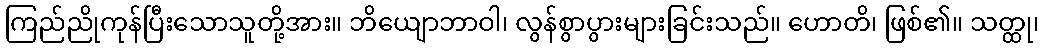
ကြည်ညိုကုန်ပြီးသောသူတို့အား။ ဘိယျောဘာဝါ၊ လွန်စွာပွားများခြင်းသည်။ ဟောတိ၊ ဖြစ်၏။ သတ္ထု၊